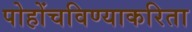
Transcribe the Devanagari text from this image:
पोहोंचविण्याकरिता